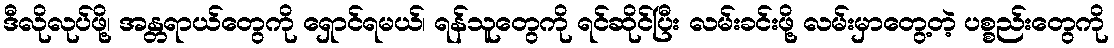
ဒီလိုလုပ်ဖို့၊ အန္တရာယ်တွေကို ရှောင်ရမယ်၊ ရန်သူတွေကို ရင်ဆိုင်ပြီး လမ်းခင်းဖို့ လမ်းမှာတွေ့တဲ့ ပစ္စည်းတွေကို